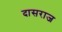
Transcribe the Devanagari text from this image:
दासराज